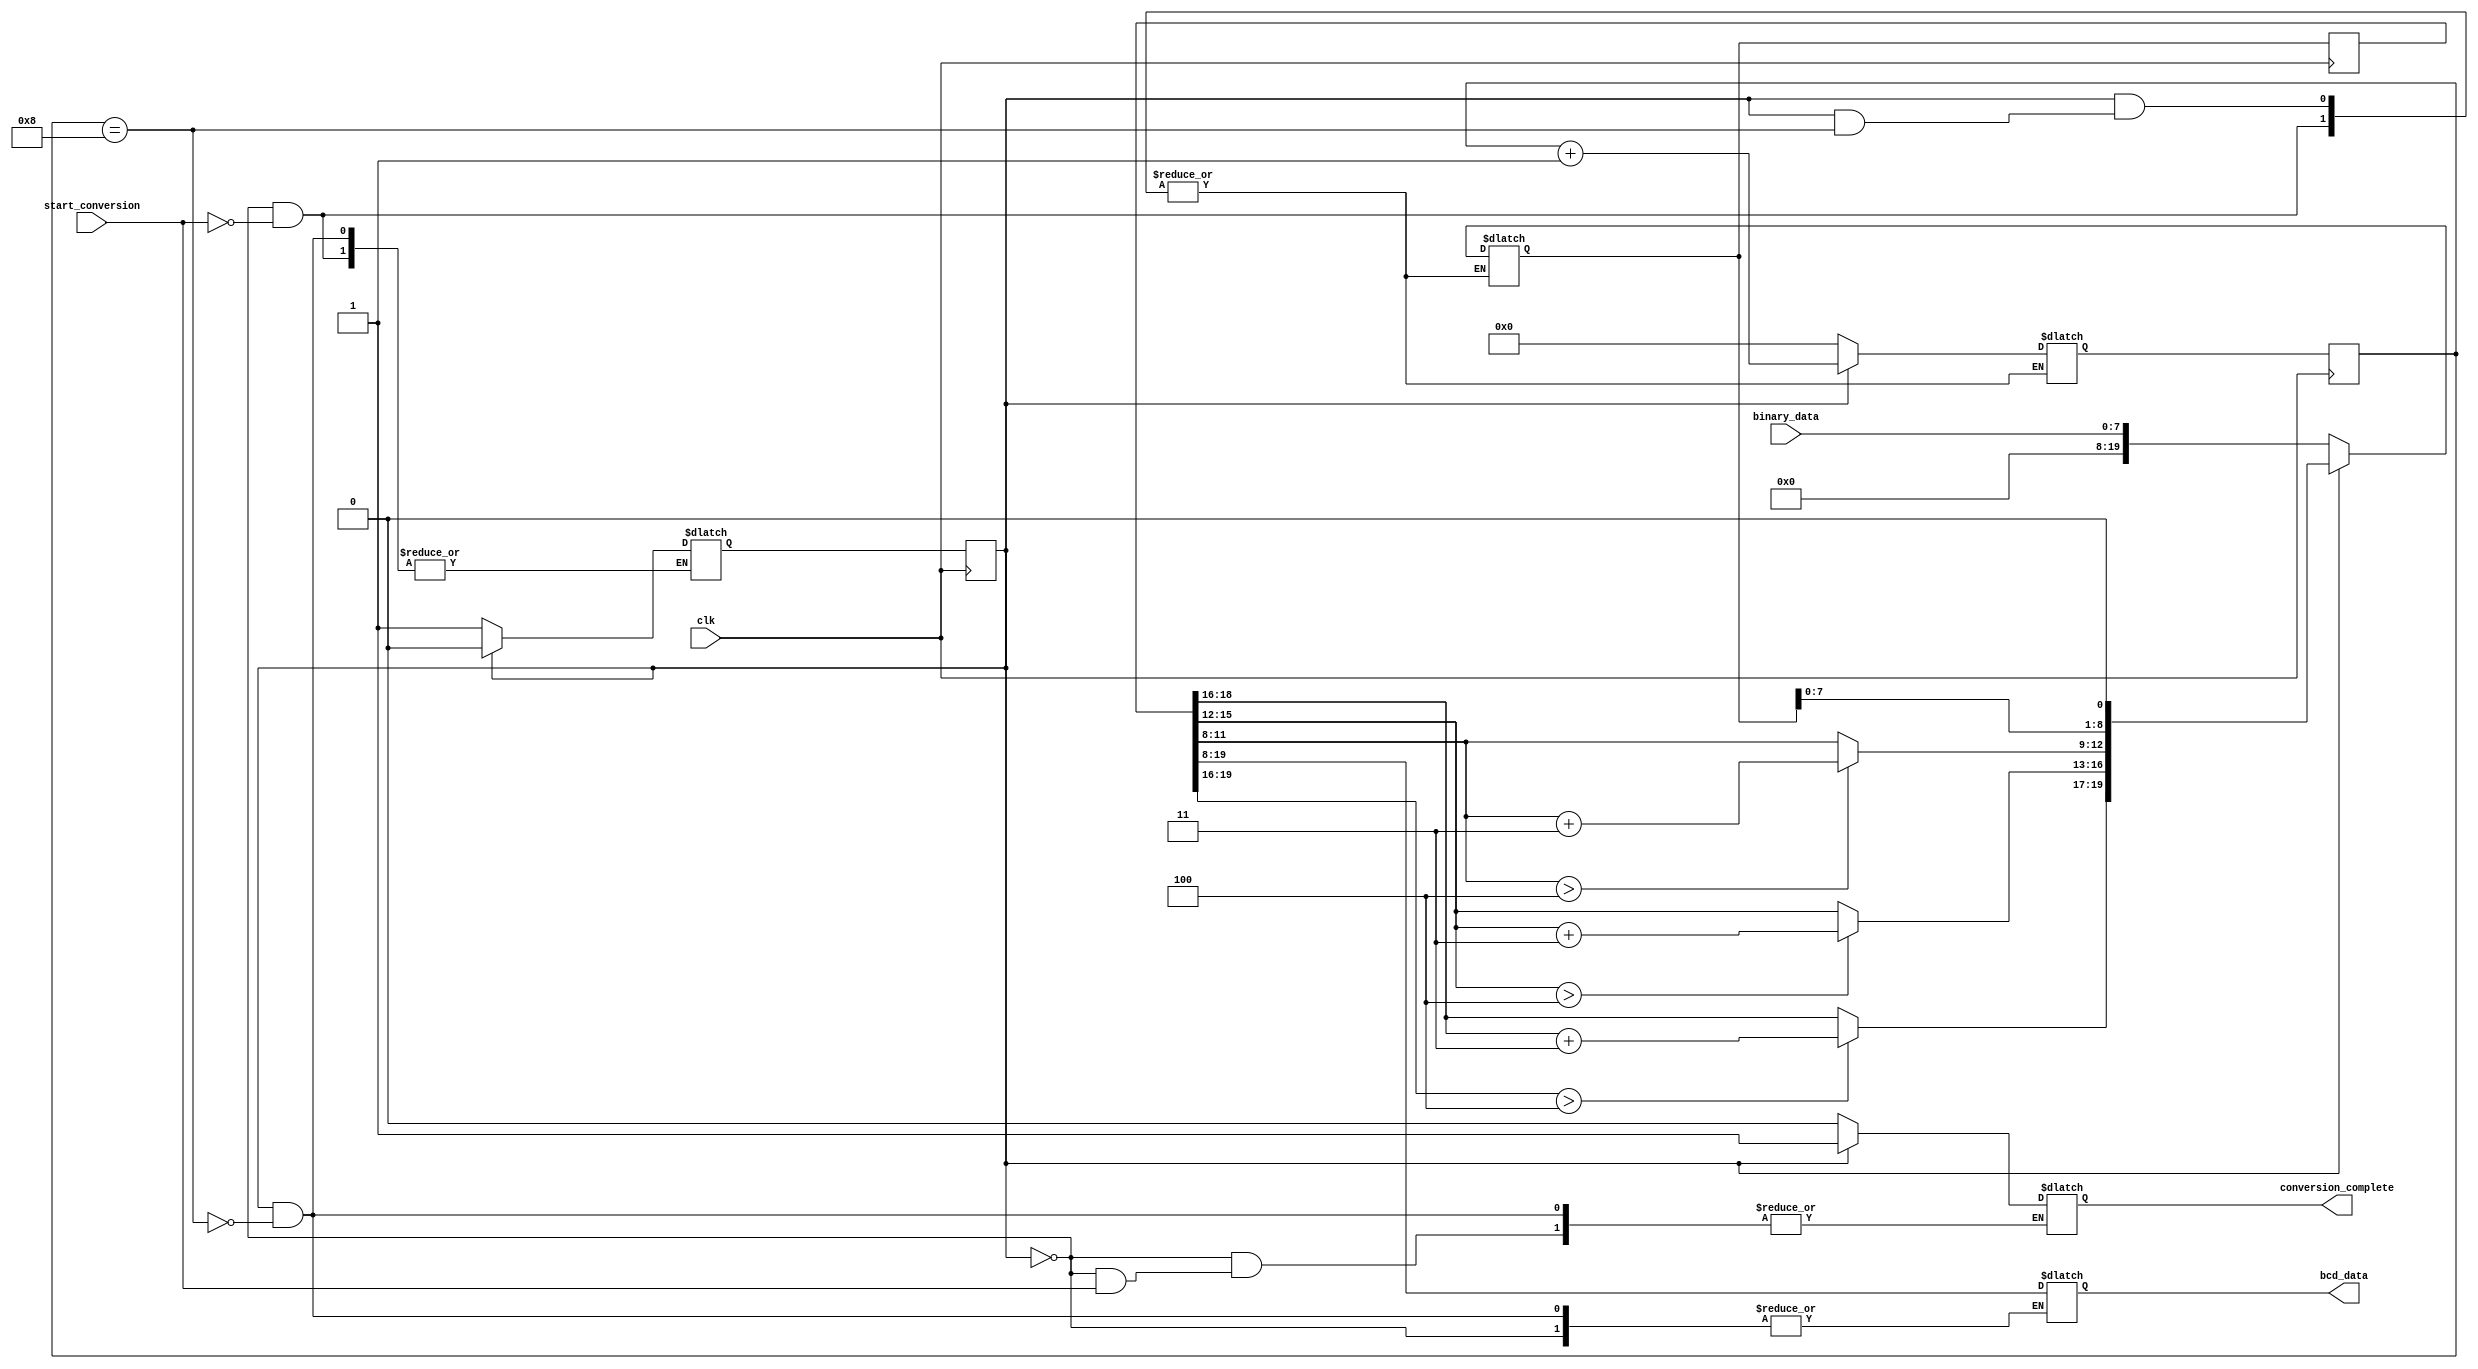

module binary_to_12bit_bcd_converter #(
		parameter BINARY_DATA_SIZE = 4'd8
	)(
		input wire clk,
		input wire [BINARY_DATA_SIZE - 1:0] binary_data,
		input wire start_conversion,
		output wire [11:0] bcd_data,
		output reg conversion_complete
	);

	// state declarations
	localparam 
		idle = 1'b0,
		converting = 1'b1;

	// signal declarations
	reg [BINARY_DATA_SIZE + 11:0] shift_reg,shift_reg_next;
	reg state_reg = idle, state_next = idle;
	reg [3:0] count = 0, count_next = 0;
	reg [11:0] bcd_data_reg = 0;
	assign bcd_data = bcd_data_reg;

	// state updation logic
	always @(posedge(clk)) begin
		state_reg <= state_next;
		shift_reg <= shift_reg_next;
		count <= count_next;
	end

	// state updation logic
	always @* begin
		case(state_reg) 
			idle :
				if(start_conversion) begin
					shift_reg_next <= {12'b0,binary_data};
					count_next <= 0;
					state_next <= converting;
				end else begin
					conversion_complete = 1'b0;
				end

			converting :
				if(count == BINARY_DATA_SIZE) begin
					conversion_complete <= 1'b1;
					state_next <= idle;
					bcd_data_reg <= shift_reg[BINARY_DATA_SIZE +11: BINARY_DATA_SIZE];
				end else begin
					// updating d2
					if(shift_reg[19:16] > 4'd4) begin
						shift_reg_next[19:16] = shift_reg[19:16] + 4'd3;
					end else begin
						shift_reg_next[19:16] = shift_reg[19:16];
					end

					// updating d1
					if(shift_reg[15:12] > 4'd4) begin
						shift_reg_next[15:12] = shift_reg[15:12] + 4'd3;
					end else begin
						shift_reg_next[15:12] = shift_reg[15:12];
					end

					// updating d0
					if(shift_reg[11:8] > 4'd4) begin
						shift_reg_next[11:8] = shift_reg[11:8] + 4'd3;
					end else begin
						shift_reg_next[11:8] = shift_reg[11:8];
					end

					// left shifting 
					shift_reg_next = {shift_reg_next[BINARY_DATA_SIZE+10:0],1'b0};
					count_next = count + 1;
				end
		endcase

	end

endmodule

module stimulus();
	reg CLK = 1'b0;
	reg [7:0] BINARY_DATA = 8'b11110000;
	reg START_CONVERSION = 1'b0;
	wire CONVERSION_COMPLETE;
	wire [11:0] BCD_DATA;
	reg RESET;
	wire [19:0] SHIFT_REG_DEBUG, SHIFT_REG_NEXT_DEBUG;

	binary_to_12bit_bcd_converter #(.BINARY_DATA_SIZE(4'd8))
		converter(
			.clk(CLK),
			.binary_data(BINARY_DATA),
			.bcd_data(BCD_DATA),
			.start_conversion(START_CONVERSION),
			.conversion_complete(CONVERSION_COMPLETE)
			// .reset(RESET),
			// .shift_reg_debug(SHIFT_REG_DEBUG),
			// .shift_reg_next_debug(SHIFT_REG_NEXT_DEBUG)
		);

	wire [7:0] DISPLAY_BITS;

	// seven_segment_display_controller s(
	// 	.clk(CLK),
	// 	.display_bits(DISPLAY_BITS),
	// 	.led1_display_value(BCD_DATA[11:8]),
	// 	.led2_display_value(BCD_DATA[7:4]),
	// 	.led3_display_value(BCD_DATA[3:0])
	// );

	initial begin
		$dumpfile("simulation.vcd");
		$dumpvars(0,
			CLK,
			BINARY_DATA,
			START_CONVERSION,
			CONVERSION_COMPLETE,
			BCD_DATA,
			DISPLAY_BITS,
			RESET,
			SHIFT_REG_DEBUG,
			SHIFT_REG_NEXT_DEBUG
		);
	end

	always begin
		#1 CLK = ~ CLK;
	end

	initial begin
		#10 RESET = 1'b1;
		#1 RESET = 1'b0;
		#10 START_CONVERSION = 1'b1;
		#1 START_CONVERSION = 1'b0;
		#10 BINARY_DATA = 8'b11111111;
		#200 START_CONVERSION = 1'b1;
		#1 START_CONVERSION = 1'b0;
		#10 BINARY_DATA = 8'b10000001;
		#200 START_CONVERSION = 1'b1;
		#1 START_CONVERSION = 1'b0;
		
	end

	initial begin
		#1000 $finish;
	end
endmodule